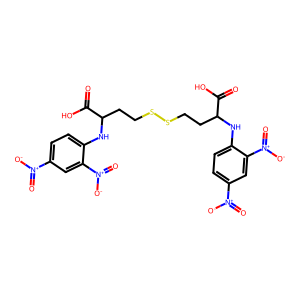
SMILES: O=C(O)C(CCSSCCC(Nc1ccc([N+](=O)[O-])cc1[N+](=O)[O-])C(=O)O)Nc1ccc([N+](=O)[O-])cc1[N+](=O)[O-]
Inhibits HIV replication: No